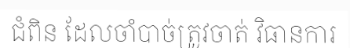
ជំពិន ដែលចាំបាច់ត្រូវចាត់ វិធានការ